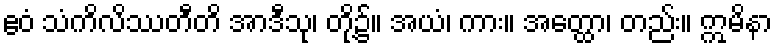
ဧဝံ သံကိလိဿတီတိ အာဒီသု၊ တို့၌။ အယံ၊ ကား။ အတ္ထော၊ တည်း။ ဣမိနာ